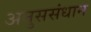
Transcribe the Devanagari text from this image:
अनुससंधान